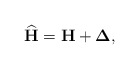
\begin{align*}\widehat{\mathbf{H}} = \mathbf{H} + \boldsymbol{\Delta},\end{align*}